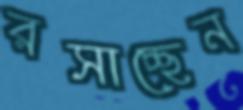
রসাচ্ছেন